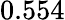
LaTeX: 0.554